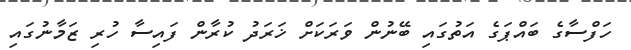
ހަފްސާގެ ބައްޕަގެ އަތުގައި ބޭނުން ވަރަކަށް ޚަރަދު ކުރާން ފައިސާ ހުރި ޒަމާނުގައި